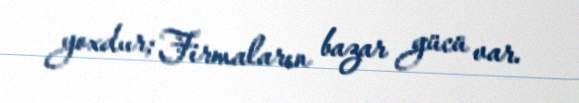
yoxdur; Firmaların bazar gücü var.